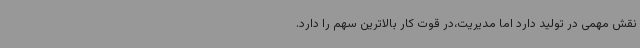
نقش مهمی در تولید دارد اما مدیریت،در قوت کار بالاترین سهم را دارد.